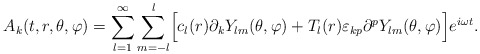
\begin{align*}A_{k}(t,r,\theta,\varphi)=\sum_{l=1}^{\infty}\sum_{m=-l}^{l}\Bigr[c_{l}(r)\partial_{k}Y_{lm}(\theta,\varphi)+T_{l}(r)\varepsilon_{kp}\partial^{p}Y_{lm}(\theta,\varphi)\Bigr]e^{i \omega t}.\end{align*}